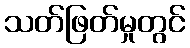
သတ်ဖြတ်မှုတွင်